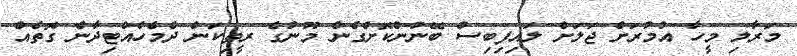
މަރާލި މީހާ އުމުރަށް ޖަލަށް ލައިފިބިސް ބޭނުންކޮށްގެން މޫނުގެ ރީތިކަން ދެމެހެއްޓިދާނެ ގޮތެއް